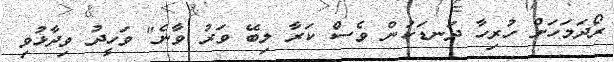
ރޯދަމަހަށް ހުރިހާ ދަނޑަކުން ވެސް ކަރާ ލިބޭ ވަރު ވާނެ" ވަހީދު ވިދާޅުވި